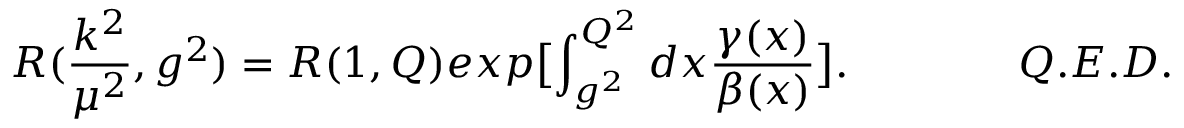
R ( \frac { k ^ { 2 } } { \mu ^ { 2 } } , g ^ { 2 } ) = R ( 1 , Q ) e x p \bigl [ \int _ { g ^ { 2 } } ^ { Q ^ { 2 } } d x \frac { \gamma ( x ) } { \beta ( x ) } \bigr ] . \qquad \qquad Q . E . D .